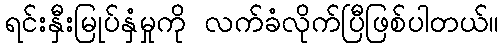
ရင်းနှီးမြုပ်နှံမှုကို လက်ခံလိုက်ပြီဖြစ်ပါတယ်။